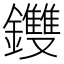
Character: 𨰚